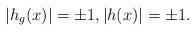
LaTeX: \begin{align*}|h_g(x)|=\pm 1,|h(x)|=\pm 1.\end{align*}